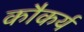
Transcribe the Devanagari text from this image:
कौकर्य